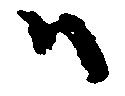
ハ